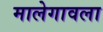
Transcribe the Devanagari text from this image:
मालेगावला